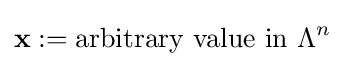
\mathbf {x} :={\text{arbitrary value in }}\Lambda ^{n}